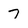
Character: 7